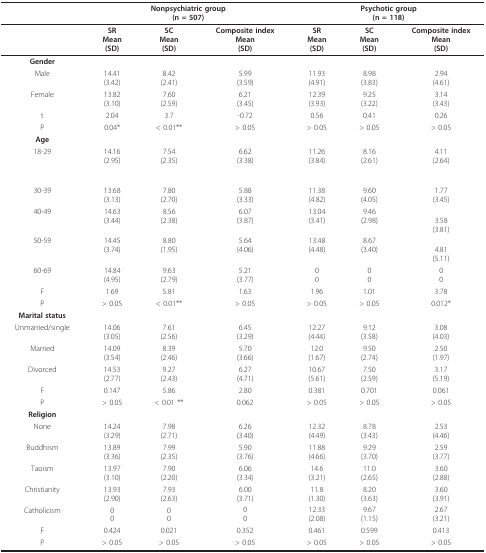
<table><thead><tr><td></td><td colspan="3"><b>Nonpsychiatric group(n = 507)</b></td><td colspan="3"><b>Psychotic group(n = 118)</b></td></tr></thead><tbody><tr><td></td><td><b>SR</b><b>Mean</b><b>(SD)</b></td><td><b>SC</b><b>Mean</b><b>(SD)</b></td><td><b>Composite index</b><b>Mean</b><b>(SD)</b></td><td><b>SR</b><b>Mean</b><b>(SD)</b></td><td><b>SC</b><b>Mean</b><b>(SD)</b></td><td><b>Composite index</b><b>Mean</b><b>(SD)</b></td></tr><tr><td><b>Gender</b></td><td></td><td></td><td></td><td></td><td></td><td></td></tr><tr><td>Male</td><td>14.41(3.42)</td><td>8.42(2.41)</td><td>5.99(3.59)</td><td>11.93(4.91)</td><td>8.98(3.83)</td><td>2.94(4.61)</td></tr><tr><td>Female</td><td>13.82(3.10)</td><td>7.60(2.59)</td><td>6.21(3.45)</td><td>12.39(3.93)</td><td>9.25(3.22)</td><td>3.14(3.43)</td></tr><tr><td>t</td><td>2.04</td><td>3.7</td><td>-0.72</td><td>0.56</td><td>0.41</td><td>0.26</td></tr><tr><td>P</td><td>0.04*</td><td>&lt; 0.01**</td><td>&gt; 0.05</td><td>&gt; 0.05</td><td>&gt; 0.05</td><td>&gt; 0.05</td></tr><tr><td><b>Age</b></td><td></td><td></td><td></td><td></td><td></td><td></td></tr><tr><td>18-29</td><td>14.16(2.95)</td><td>7.54(2.35)</td><td>6.62(3.38)</td><td>11.26(3.84)</td><td>8.16(2.61)</td><td>4.11(2.64)</td></tr><tr><td>30-39</td><td>13.68(3.13)</td><td>7.80(2.70)</td><td>5.88(3.33)</td><td>11.38(4.82)</td><td>9.60(4.05)</td><td>1.77(3.45)</td></tr><tr><td>40-49</td><td>14.63(3.44)</td><td>8.56(2.38)</td><td>6.07(3.87)</td><td>13.04(3.41)</td><td>9.46(2.98)</td><td>3.58(3.81)</td></tr><tr><td>50-59</td><td>14.45(3.74)</td><td>8.80(1.95)</td><td>5.64(4.06)</td><td>13.48(4.48)</td><td>8.67(3.40)</td><td>4.81(5.11)</td></tr><tr><td>60-69</td><td>14.84(4.95)</td><td>9.63(2.79)</td><td>5.21(3.77)</td><td>00</td><td>00</td><td>00</td></tr><tr><td>F</td><td>1.69</td><td>5.81</td><td>1.63</td><td>1.96</td><td>1.01</td><td>3.78</td></tr><tr><td>P</td><td>&gt; 0.05</td><td>&lt; 0.01**</td><td>&gt; 0.05</td><td>&gt; 0.05</td><td>&gt; 0.05</td><td>0.012*</td></tr><tr><td><b>Marital status</b></td><td></td><td></td><td></td><td></td><td></td><td></td></tr><tr><td>Unmarried/single</td><td>14.06(3.05)</td><td>7.61(2.56)</td><td>6.45(3.29)</td><td>12.27(4.44)</td><td>9.12(3.58)</td><td>3.08(4.03)</td></tr><tr><td>Married</td><td>14.09(3.54)</td><td>8.39(2.46)</td><td>5.70(3.66)</td><td>12.0(1.67)</td><td>9.50(2.74)</td><td>2.50(1.97)</td></tr><tr><td>Divorced</td><td>14.53(2.77)</td><td>9.27(2.43)</td><td>6.27(4.71)</td><td>10.67(5.61)</td><td>7.50(2.59)</td><td>3.17(5.19)</td></tr><tr><td>F</td><td>0.147</td><td>5.86</td><td>2.80</td><td>0.381</td><td>0.701</td><td>0.061</td></tr><tr><td>P</td><td>&gt; 0.05</td><td>&lt; 0.01 **</td><td>0.062</td><td>&gt; 0.05</td><td>&gt; 0.05</td><td>&gt; 0.05</td></tr><tr><td><b>Religion</b></td><td></td><td></td><td></td><td></td><td></td><td></td></tr><tr><td>None</td><td>14.24(3.29)</td><td>7.98(2.71)</td><td>6.26(3.40)</td><td>12.32(4.49)</td><td>8.78(3.43)</td><td>2.53(4.46)</td></tr><tr><td>Buddhism</td><td>13.89(3.36)</td><td>7.99(2.35)</td><td>5.90(3.76)</td><td>11.88(4.66)</td><td>9.29(3.70)</td><td>2.59(3.77)</td></tr><tr><td>Taoism</td><td>13.97(3.10)</td><td>7.90(2.20)</td><td>6.06(3.34)</td><td>14.6(3.21)</td><td>11.0(2.65)</td><td>3.60(2.88)</td></tr><tr><td>Christianity</td><td>13.93(2.90)</td><td>7.93(2.63)</td><td>6.00(3.71)</td><td>11.8(1.30)</td><td>8.20(3.63)</td><td>3.60(3.91)</td></tr><tr><td>Catholicism</td><td>00</td><td>00</td><td>00</td><td>12.33(2.08)</td><td>9.67(1.15)</td><td>2.67(3.21)</td></tr><tr><td>F</td><td>0.424</td><td>0.021</td><td>0.352</td><td>0.461</td><td>0.599</td><td>0.413</td></tr><tr><td>P</td><td>&gt; 0.05</td><td>&gt; 0.05</td><td>&gt; 0.05</td><td>&gt; 0.05</td><td>&gt; 0.05</td><td>&gt; 0.05</td></tr></tbody></table>